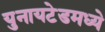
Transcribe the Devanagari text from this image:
युनायटेडमध्ये